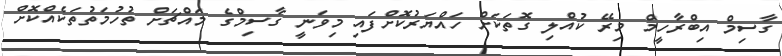
ގާސިމް އިބްރާހީމް މިރޭ ކުއްލި ގޮތަކަށް ހައްޔަރުކޮށްފައި މިވަނީ ގާސިމްގެ މައްޗަށް ތުހުމަތުތަކެއްކޮށް